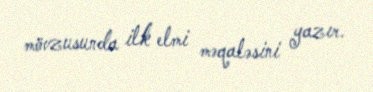
mövzusunda ilk elmi məqaləsini yazır.